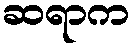
ဆရာက